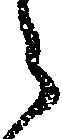
ら